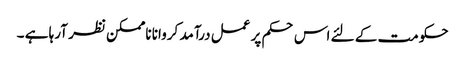
حکومت کے لئے اس حکم پر عمل درآمد کروانا ناممکن نظر آرہا ہے ۔